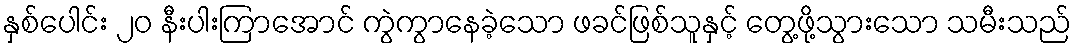
နှစ်ပေါင်း ၂၀ နီးပါးကြာအောင် ကွဲကွာနေခဲ့သော ဖခင်ဖြစ်သူနှင့် တွေ့ဖို့သွားသော သမီးသည်